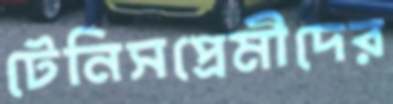
টেনিসপ্রেমীদের